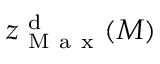
z _ { \mathrm { ~ M ~ a ~ x ~ } } ^ { \mathrm { ~ d ~ } } ( M )